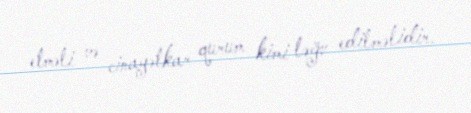
etməli və cinayətkar qurum kimi ləğv edilməlidir.